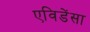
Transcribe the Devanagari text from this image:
एविडेंसा